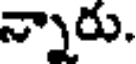
న్నారు.